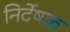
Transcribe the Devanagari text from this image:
निर्देषक